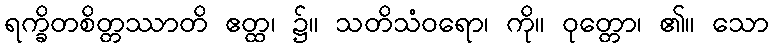
ရက္ခိတစိတ္တဿာတိ ဧတ္ထ၊ ၌။ သတိသံဝရော၊ ကို။ ဝုတ္တော၊ ၏။ သော